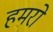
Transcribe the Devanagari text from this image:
हमरो